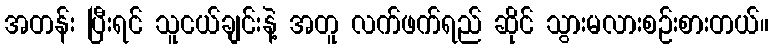
အတန်း ပြီးရင် သူငယ်ချင်းနဲ့ အတူ လက်ဖက်ရည် ဆိုင် သွားမလားစဉ်းစားတယ်။